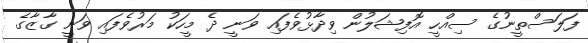
ފަލަސްތީނުގެ ސިއްހީ އޮފިޝަލުން ވިދާޅުވެފައި ވަނީ ދެ މީހަކު މަރުވެފައި ވަނީ ގާޒާގެ